Annual administration report of the Civil Veterinary Department of India - 1910-1911
Year: 1910
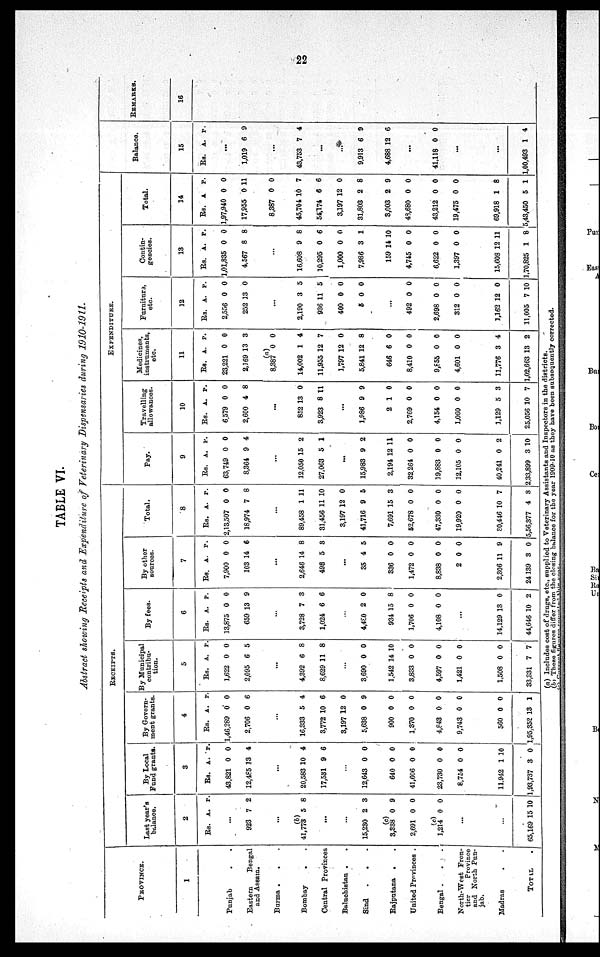
22
TABLE VI.
Abstract showing Receipts and Expenditure of Veterinary Dispensaries during 1910-1911.
PROVINCE.
1
Punjab
.
.
Eastern
Bengal
and Assam.
Burma .
. .
Bombay
. .
Central Provinces
Baluchistan . .
Sind
. . .
Rajputana
. .
United Provinces .
Bengal . . . .
North-West Fron-
tier
Province
and North Pun-
jab.
Madras . .
TOTAL .
RECEIPTS.
Last year's
balance.
2
Rs.
...
923
..
(b)
41,773
...
...
15,230
(c)
3,338
2,691
(c)
1,214
...
...
65,169
A.
7
5
2
0
0
0
15
P.
2
8
3
9
0
0
10
By Local
Fund grants.
3
Rs.
43,821
12,485
...
20,583
17,531
...
12,643
640
41,606
23,730
8,754
11,942
1,93,737
A.
0
13
10
9
0
0
0
0
0
1
3
P.
0
4
4
6
0
0
0
0
0
10
0
By Govern-
ment grants.
4
Rs.
1,46,289
2,706
...
16,333
3,772
3,197
5,638
900
1,370
4,843
9,743
560
1,95,352
A.
0
0
5
10
12
0
0
0
0
0
0
13
P.
0
6
4
6
0
9
0
0
0
0
0
1
By Municipal
contribu-
tion.
5
Rs.
1,622
2,095
...
4,392
8,629
...
3,690
1,542
3,833
4,597
1,421
1,508
33,331
A.
0
6
6
11
0
14
0
0
0
0
7
P.
0
5
8
8
0
10
0
0
0
0
7
By fees.
6
Rs.
13,875
659
...
3,728
1,024
...
4,480
934
1,706
4,108
...
14,129
44,646
A.
0
13
7
6
2
15
0
0
13
10
P.
0
9
3
6
0
8
0
0
0
2
By other
sources.
7
Rs.
7,900
103
...
2,646
498
...
35
336
1,472
8,838
2
2,306
24,139
A.
0
14
14
5
4
0
0
0
0
11
3
P.
0
6
8
8
5
0
0
0
0
9
0
Total.
8
Rs.
2,13,507
18,974
...
89,458
31,456
3,197
41,716
7,691
52,678
47,330
19,920
30,446
5,56,377
A.
0
7
1
11
12
9
15
0
0
0
10
4
P.
0
8
11
10
0
5
3
0
0
0
7
8
EXPENDITURE.
Pay.
9
Rs.
63,749
8,364
...
12,050
27,063
...
15,983
2,194
32,264
19,883
12,105
40,241
2,33,899
A.
0
9
15
5
9
12
0
0
0
0
3
P.
0
4
2
1
2
11
0
0
0
2
10
Travelling
allowances.
10
Rs.
6,579
2,600
...
852
3,923
...
1,986
2
2,769
4,154
1,060
1,129
25,056
A.
0
4
13
8
9
1
0
0
0
5
10
P.
0
8
0
11
9
0
0
0
0
3
7
Medicines,
instruments,
etc.
11
Rs.
23,221
2,169
(a)
8,387
14,002
11,955
1,797
5,841
646
8,410
9,855
4,601
11,776
1,02,663
A.
0
13
0
1
12
12
12
6
0
0
0
3
13
P.
0
3
0
4
7
0
8
0
0
0
0
4
2
Furnitur,
etc.
12
Rs.
2,556
252
...
2,190
936
400
5
...
492
2,698
312
1,162
11,005
A
0
13
3
11
0
0
0
0
0
12
7
P.
0
0
5
5
0
0
0
0
0
0
10
Contin-
gencies.
13
Rs.
1,01,835
4,567
...
16,608
10,295
1,000
7,986
159
4,745
6,622
1,397
15,608
1,70,825
A.
0
8
9
0
0
3
14
0
0
0
12
1
P.
0
8
8
6
0
1
10
0
0
0
11
8
Total.
14
Rs.
1,97,940
17,955
8,387
45,704
54,174
3,197
31,803
3,003
48,680
43,212
19,475
69,918
5,43,450
A.
0
0
0
10
6
12
2
2
0
0
0
1
5
P.
0
11
0
7
6
0
8
9
0
0
0
8
1
Balance.
15
Rs.
...
1,019
...
43,753
...
...
9,913
4,688
...
41,118
...
...
1,00,493
A.
6
7
6
12
0
1
P.
9
4
9
6
0
4
REMARKS.
16
(a) Includes cost of drugs, etc., supplied to Veterinary Assistants and Inspectors in the districts.
(b) These figures differ from the closing balance for the year 1909-10 as they have been subsequently corrected.